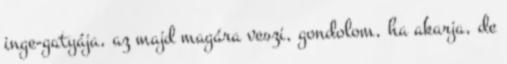
inge-gatyája, az majd magára veszi, gondolom, ha akarja, de